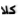
كلا